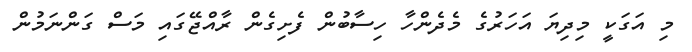
މި އަގަކީ މިދިޔަ އަހަރުގެ މެދެންހާ ހިސާބުން ފެށިގެން ރާއްޖޭގައި މަސް ގަންނަމުން